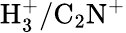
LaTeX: \mathrm{H_{3}^{+}/C_{2}N^{+}}